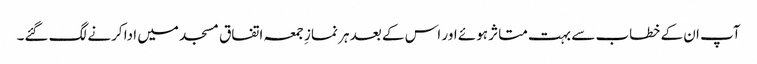
آپ ان کے خطاب سے بہت متاثر ہوئے اور اس کے بعد ہر نمازِ جمعہ اتفاق مسجد میں ادا کرنے لگ گئے۔